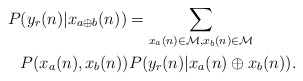
\begin{align*} \begin{aligned}P&(y_r(n) |x_{a\oplus b}(n)) = \sum_{x_a(n) \in \mathcal{M}, x_b(n) \in \mathcal{M}} \\& P(x_a(n),x_b(n)) P(y_r(n)|x_a(n) \oplus x_b(n)).\end{aligned}\end{align*}